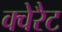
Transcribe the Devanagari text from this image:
क्वेरैट